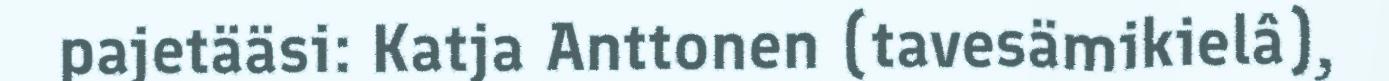
pajetääsi: Katja Anttonen (tavesämikielâ),